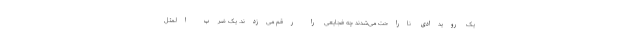
یک رویدادی ناراحت می‌شدند چه فجایعی را رقم می‌زدند. یک ضرب المثل